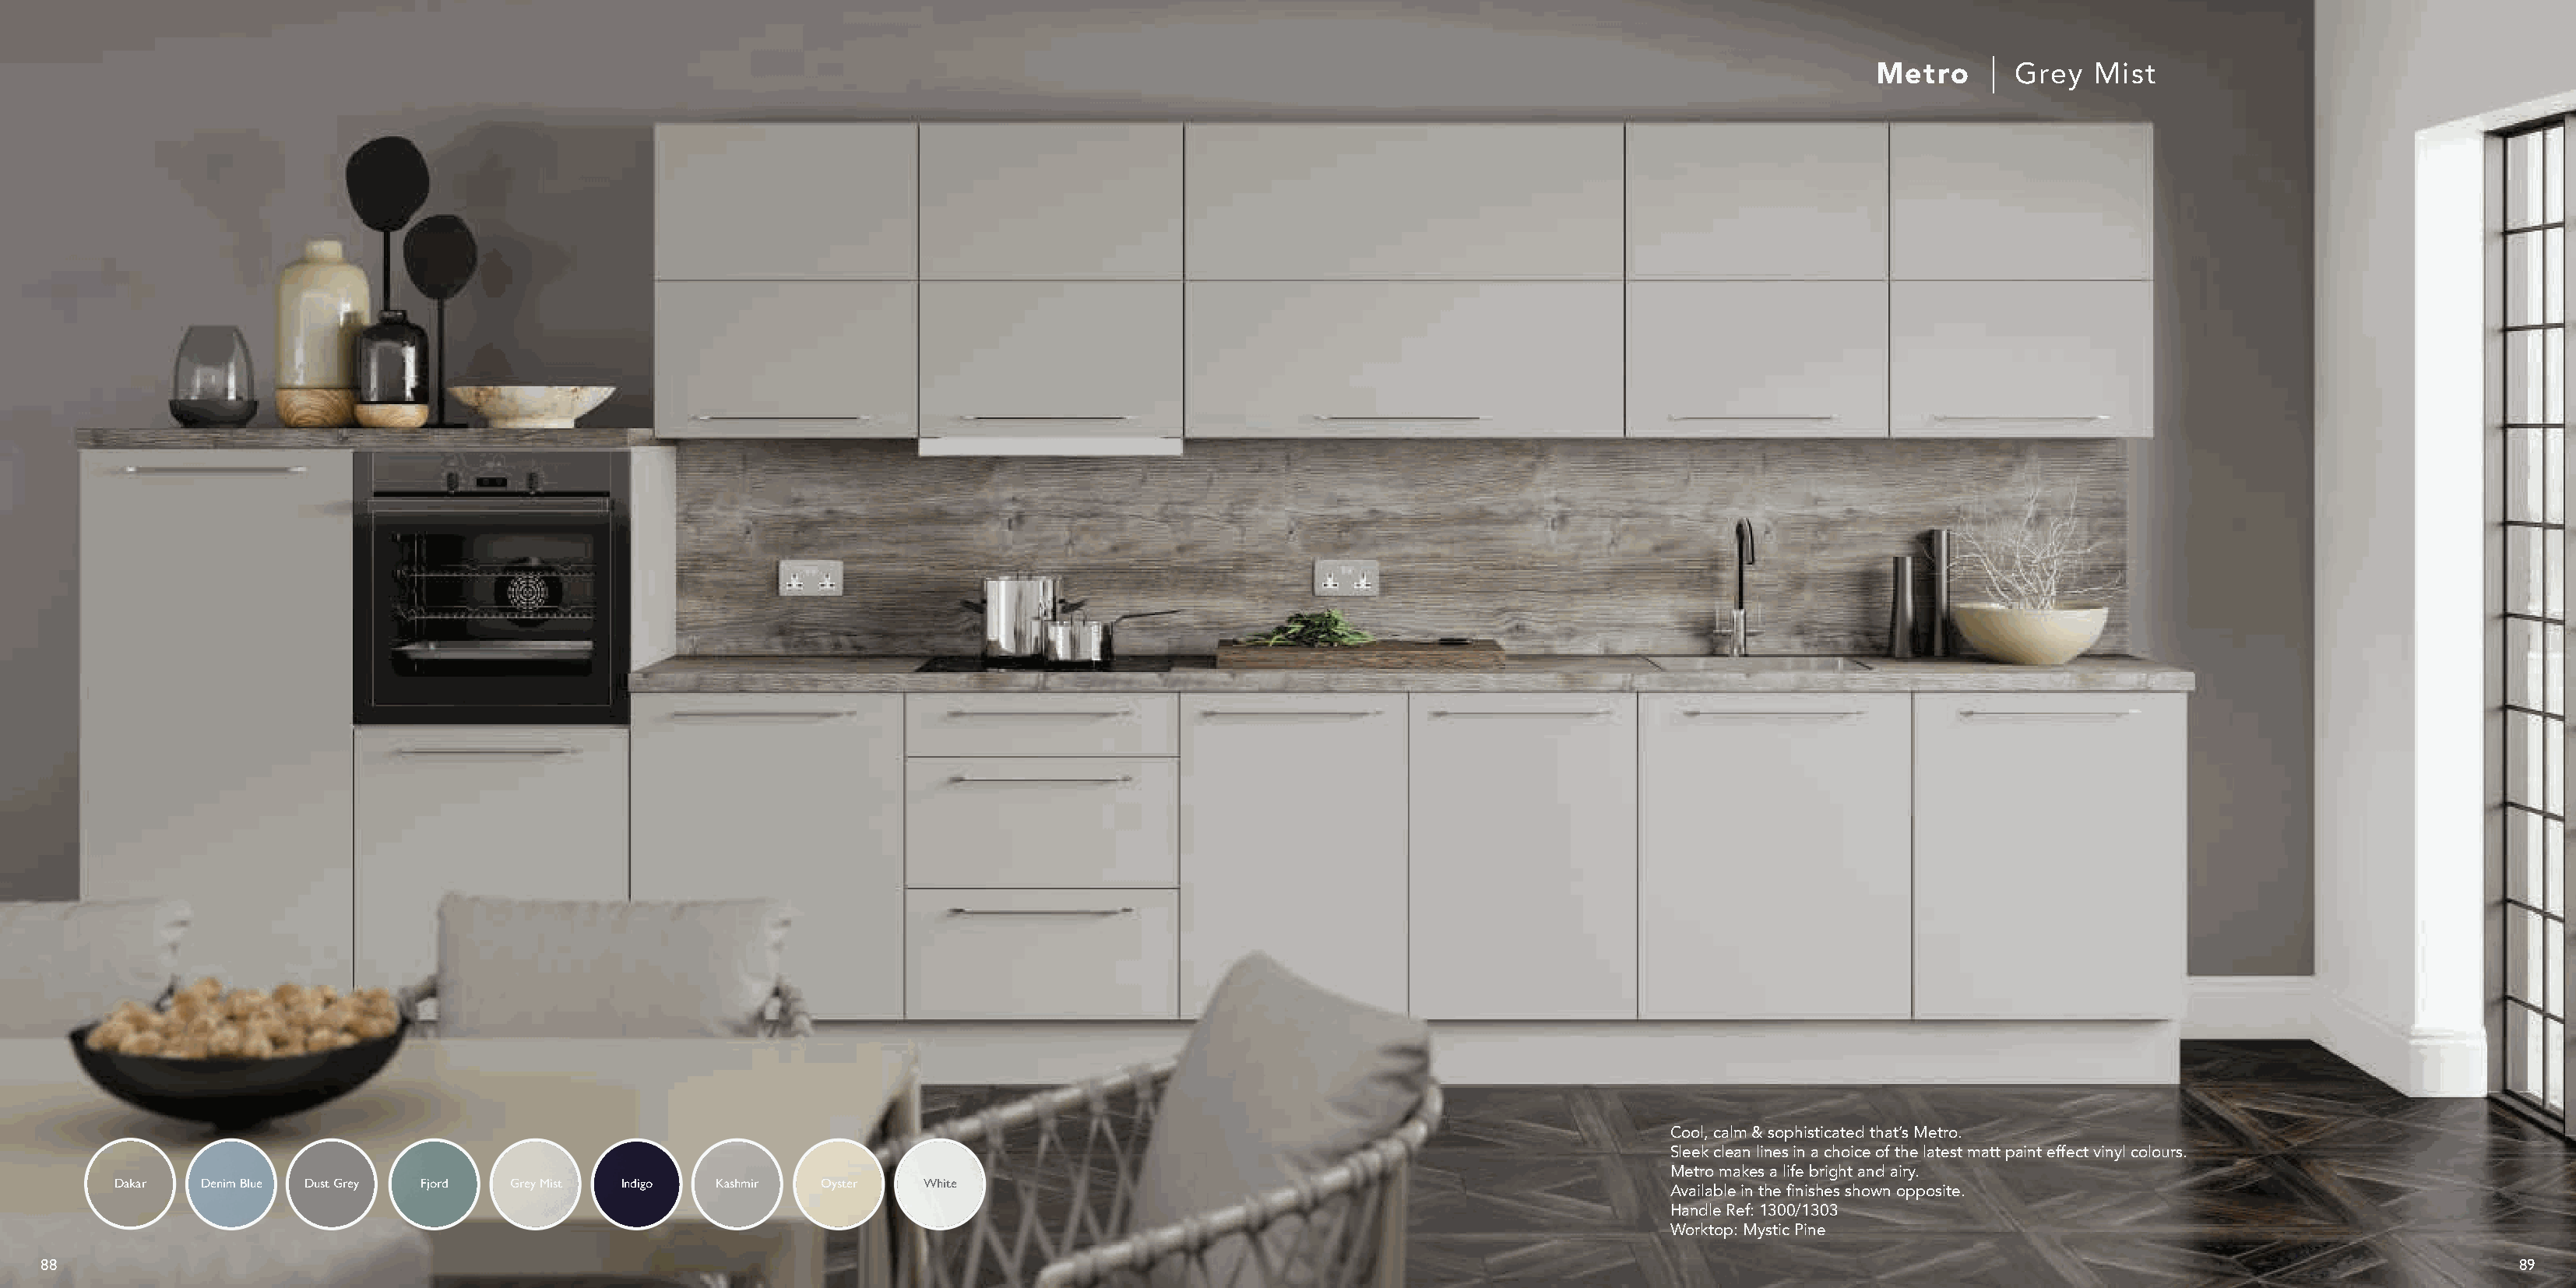
Metro       Grey   Mist
 Cool, calm & sophisticated that’s Metro.
 Sleek clean lines in a choice of the latest matt paint effect vinyl colours.
 Metro makes a life bright and airy.
 Dakar  Denim Blue Dust Grey Fjord Grey Mist Indigo Kashmir  Oyster   White
 Available in the finishes shown opposite.
 Handle Ref: 1300/1303
 Worktop: Mystic Pine
 88                                                                                                                                                                                                                 89